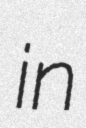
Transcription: in